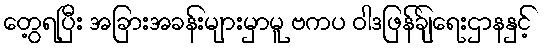
တွေ့ရပြီး အခြားအခန်းများမှာမူ ဗကပ ဝါဒဖြန်ချ်ရေးဌာနနှင့်